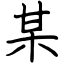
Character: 某